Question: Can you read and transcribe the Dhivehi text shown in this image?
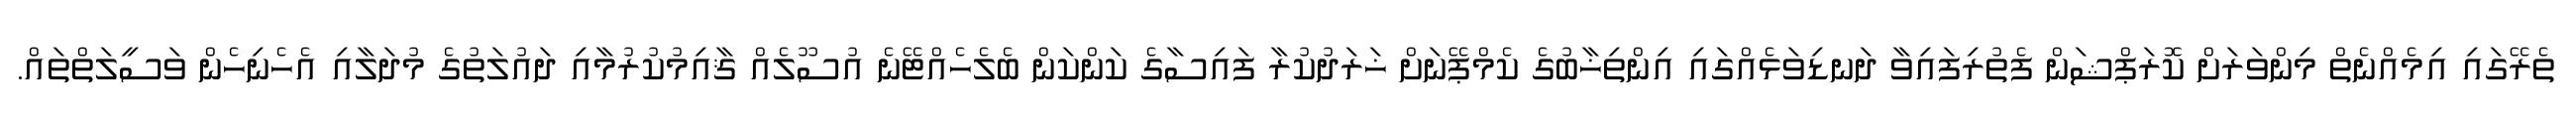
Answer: ތެރޭގައި އިމެއްނެތް މިންވަރަށް ކޮރަޕްޝަން ފެތުރިފައިވާ ދަނޑިވަޅެއްގައި އިންތިޚާބުގެ ކެމްޕޭނަށް ޚަރަދުކުރާ ފައިސާގެ ކަންކަން ބެލެހެއްޓޭނެ އުސޫލެއް ޤާއިމުކުރުމާއި ދައުލަތުގެ މުދަލާއި އެހެނިހެން ވަސީލަތްތައް.